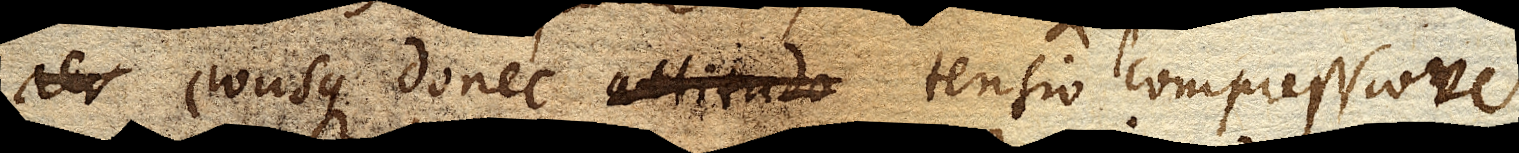
aer eousque donec altitudo tensio compressiove